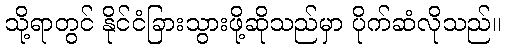
သို့ရာတွင် နိုင်ငံခြားသွားဖို့ဆိုသည်မှာ ပိုက်ဆံလိုသည်။